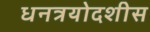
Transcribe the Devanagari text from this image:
धनत्रयोदशीस